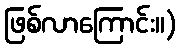
ဖြစ်လာကြောင်း။)